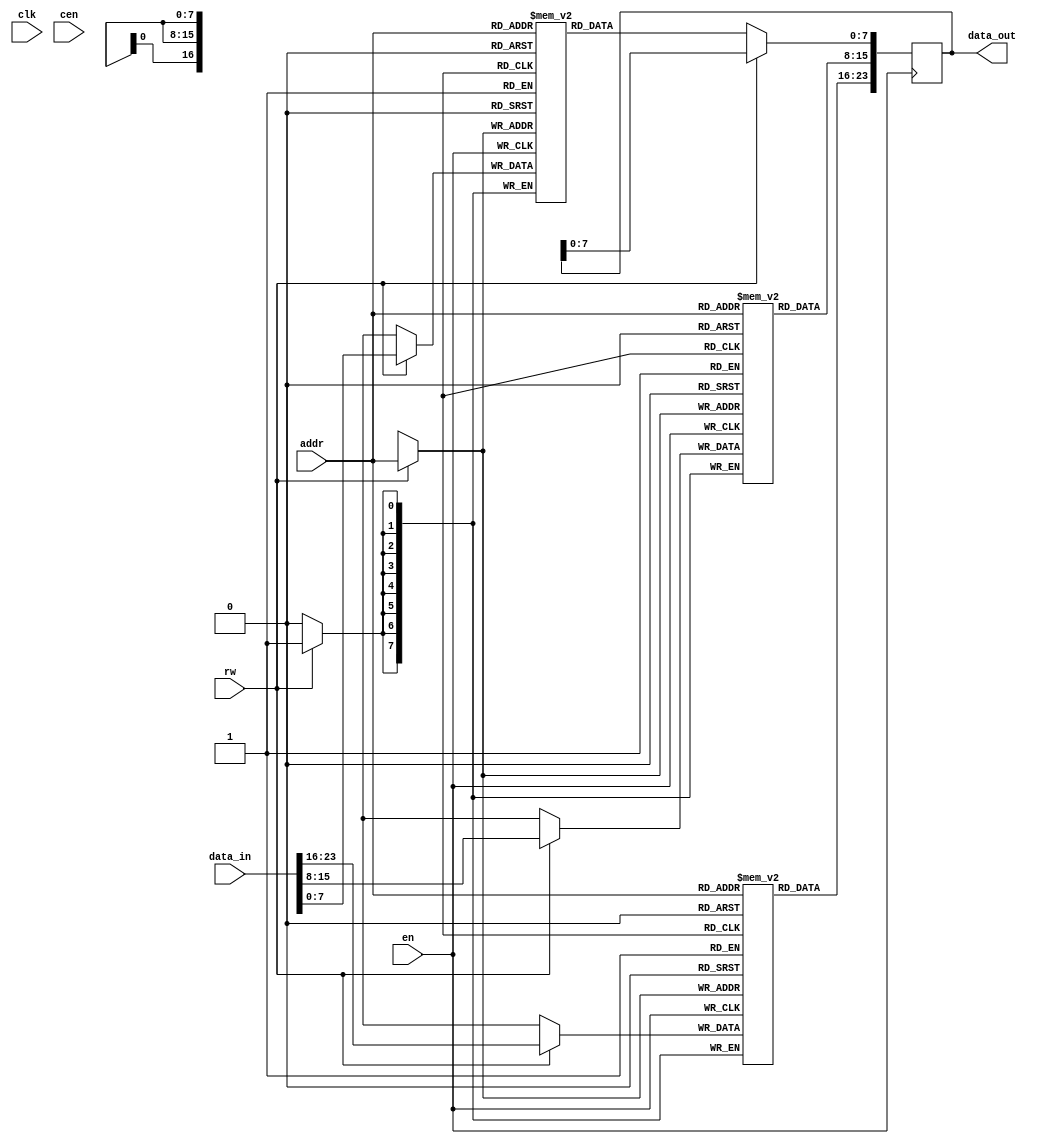
module genram(clk, addr, rw, data_in, data_out, en, cen);

               //-- Puertos
         input clk;                      //-- Seal de reloj global
         input [16: 0] addr;      //-- Direcciones
         input rw;                  //-- Modo lectura (0) o escritura (1)
         input [23: 0] data_in;   //-- Dato de entrada
         input en;                    // -- Control 
         input cen;                   // -- Contador enable
         output reg [23: 0] data_out; //-- Dato a escribir
          

//-- Parametro: Nombre del fichero con el contenido de la RAM
parameter ROMFILE = "datos.list";

  //-- Memoria
  reg [7:0] ramR [0:102399];
  reg [7:0] ramG [0:102399];
  reg [7:0] ramB [0:102399]; 

    //-- Lectura de la memoria
    always @(posedge en) begin

      if (rw == 0)
      data_out[7:0] <= ramR[addr];
      data_out[15:8] <= ramG[addr];
      data_out[23:16] <= ramB[addr];
    end

    //-- Escritura en la memoria
    always @(posedge en) begin
      if (rw == 1) begin
        
          ramR[addr] <= data_in [7:0];
          ramG[addr] <= data_in [15:8];
          ramB[addr] <= data_in [23:16];
      end
    end

endmodule